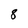
Character: 8